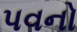
પવનો